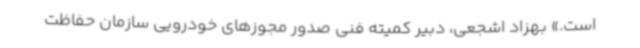
است‌.» بهزاد اشجعی، دبیر کمیته فنی صدور مجوزهای خودرویی سازمان حفاظت